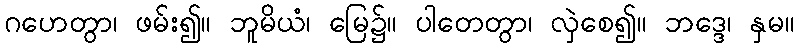
ဂဟေတွာ၊ ဖမ်း၍။ ဘူမိယံ၊ မြေ၌။ ပါတေတွာ၊ လှဲစေ၍။ ဘဒ္ဒေ၊ နှမ။